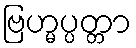
ဗြဟ္မပ္ပတ္တာ